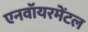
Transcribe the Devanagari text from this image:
एनवॉयरमेंटल